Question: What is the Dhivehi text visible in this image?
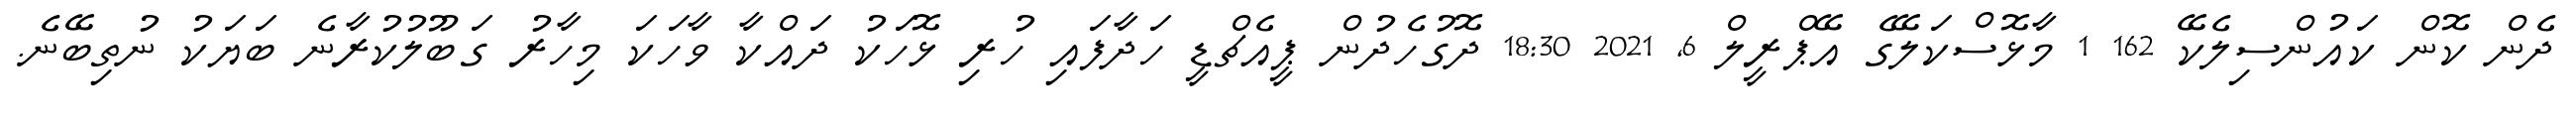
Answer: ދެން ކޮން ކައުންސިލެކޭ 162 1 މާޅޮސްކަލޭގެ އޭޕްރީލް 6, 2021 18:30 ދޮގުހެދުން ޕީއެޗްޑީ ހަދާފައި ހުރި ޅޮހަކު ދައްކާ ވާހަކަ މިހާރު ގަބޫލުކުރާނެ ބަޔަކު ނުތިބޭނެ.